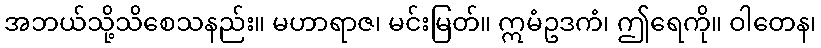
အဘယ်သို့သိစေသနည်း။ မဟာရာဇ၊ မင်းမြတ်။ ဣမံဥဒကံ၊ ဤရေကို။ ဝါတေန၊